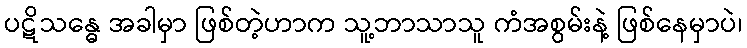
ပဋိသန္ဓေ အခါမှာ ဖြစ်တဲ့ဟာက သူ့ဘာသာသူ ကံအစွမ်းနဲ့ ဖြစ်နေမှာပဲ၊